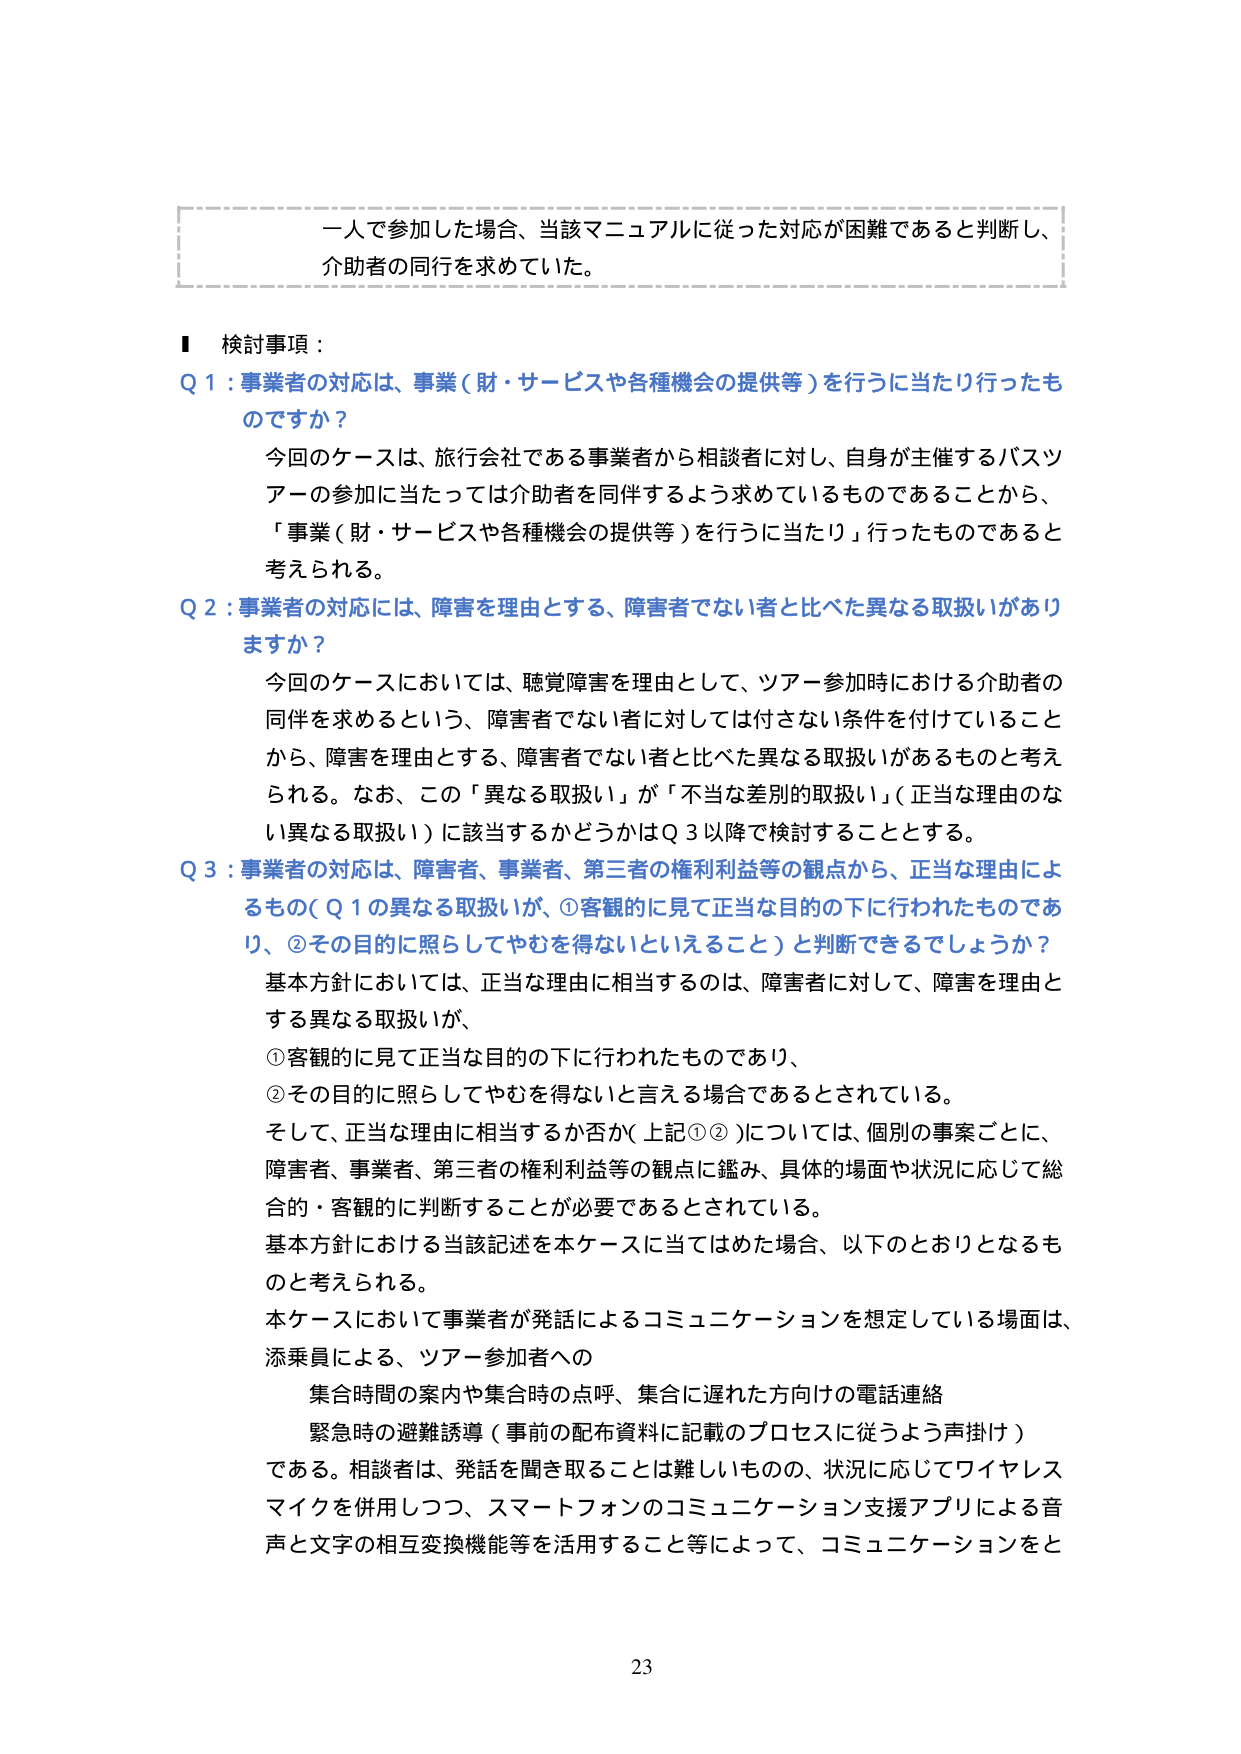
一人で参加した場合、当該マニュアルに従った対応が困難であると判断し、
介助者の同行を求めていた。

■ 検討事項：

Q 1：事業者の対応は、事業（財・サービスや各種機会の提供等）を行うに当たり行ったものですか？

今回のケースは、旅行会社である事業者から相談者に対し、自身が主催するバスツアーの参加に当たっては介助者を同伴するよう求めているものであることから、「事業（財・サービスや各種機会の提供等）を行うに当たり」行ったものであると考えられる。

Q 2：事業者の対応には、障害を理由とする、障害者でない者と比べた異なる取扱いがありますか？

今回のケースにおいては、聴覚障害を理由として、ツアー参加時における介助者の同伴を求めるという、障害者でない者に対しては付さない条件を付けていることから、障害を理由とする、障害者でない者と比べた異なる取扱いがあるものと考えられる。なお、この「異なる取扱い」が「不当な差別の取扱い」（正当な理由のない異なる取扱い）に該当するかどうかはQ 3以降で検討することとする。

Q 3：事業者の対応は、障害者、事業者、第三者の権利利益等の観点から、正当な理由によるもの（Q 1の異なる取扱いが、①客観的に見て正当な目的の下に行われたものであり、②その目的に照らしてやむを得ないといえること）と判断できるでしょうか？

基本方針においては、正当な理由に相当するのは、障害者に対して、障害を理由とする異なる取扱いが、

①客観的に見て正当な目的の下に行われたものであり、

②その目的に照らしてやむを得ないと言える場合であるとされている。

そして、正当な理由に相当するか否か（上記①②）については、個別の事案ごとに、障害者、事業者、第三者の権利利益等の観点に鑑み、具体的場面や状況に応じて総合的・客観的に判断することが必要であるとされている。

基本方針における当該記述を本ケースに当てはめた場合、以下のとおりとなるものと考えられる。

本ケースにおいて事業者が発話によるコミュニケーションを想定している場面は、添乗員による、ツアー参加者への

　集合時間の案内や集合時の点呼、集合に遅れた方向けの電話連絡

　緊急時の避難誘導（事前の配布資料に記載のプロセスに従うよう声掛け）

である。相談者は、発話を聞き取ることは難しいものの、状況に応じてワイヤレスマイクを併用しつつ、スマートフォンのコミュニケーション支援アプリによる音声と文字の相互変換機能等を活用すること等によって、コミュニケーションをと

23